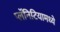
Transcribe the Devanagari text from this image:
प्लॅनिटियामध्ये